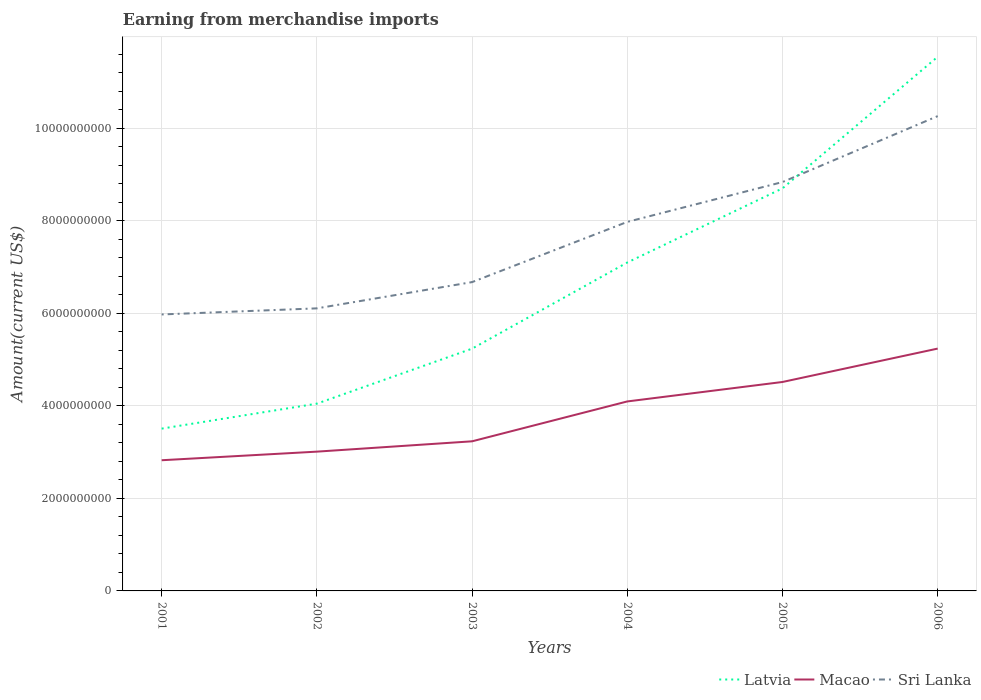
| Years | Latvia | Macao | Sri Lanka |
 | --- | --- | --- | --- |
 | 2001 | 3.51e+09 | 2.82e+09 | 5.97e+09 |
 | 2002 | 4.05e+09 | 3.01e+09 | 6.1e+09 |
 | 2003 | 5.23e+09 | 3.23e+09 | 6.67e+09 |
 | 2004 | 7.1e+09 | 4.09e+09 | 7.97e+09 |
 | 2005 | 8.7e+09 | 4.51e+09 | 8.83e+09 |
 | 2006 | 1.15e+10 | 5.24e+09 | 1.03e+10 |